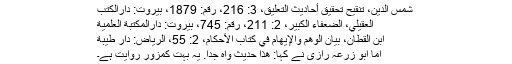
شمس الدين، تنقيح تحقيق أحاديث التعليق، 3: 216، رقم: 1879، بيروت: دارالكتب
العقيلي، الضعفاء الكبير، 2: 211، رقم: 745، بيروت: دارالمكتبة العلمية
ابن القطان، بيان الوهم والإيهام في كتاب الأحكام، 2: 55، الرياض: دار طيبة
اما ابو زرعہ رازی نے کہا: هَذَا حَدِيْثٌ وَاهٍ جِدًّا. یہ بہت کمزور روایت ہے۔